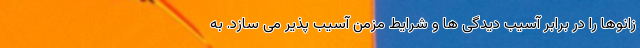
زانوها را در برابر آسیب دیدگی ها و شرایط مزمن آسیب پذیر می سازد. به